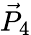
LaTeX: \vec{P}_{4}